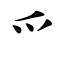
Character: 爫